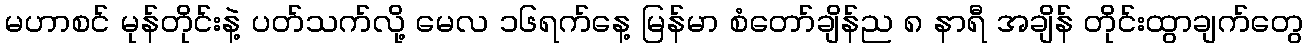
မဟာစင် မုန်တိုင်းနဲ့ ပတ်သက်လို့ မေလ ၁၆ရက်နေ့ မြန်မာ စံတော်ချိန်ည ၈ နာရီ အချိန် တိုင်းထွာချက်တွေ